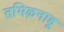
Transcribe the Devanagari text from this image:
तमिऴनाडू